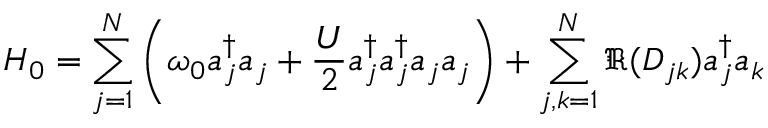
H _ { 0 } = \sum _ { j = 1 } ^ { N } \left( \omega _ { 0 } a _ { j } ^ { \dagger } a _ { j } + \frac { U } { 2 } a _ { j } ^ { \dagger } a _ { j } ^ { \dagger } a _ { j } a _ { j } \right) + \sum _ { j , k = 1 } ^ { N } \Re ( D _ { j k } ) a _ { j } ^ { \dagger } a _ { k }